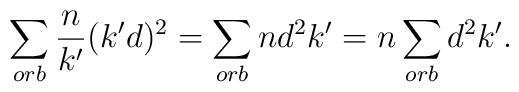
\sum_{orb} \frac{n}{k'} (k'd)^2 = \sum_{orb} n d^2 k'= n \sum_{orb} d^2 k'.